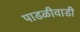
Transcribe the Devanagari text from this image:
पाडळीवाडी